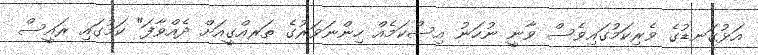
އަޅުގަނޑުގެ ވެރިކަމުގައިވެސް ވާނީ ނުހަނު އިސްކަމެއް ހިންނަވަރުގެ ތަރއްގީއަށް ދެއްވާފަ" ކަމުގައި ރައީސް